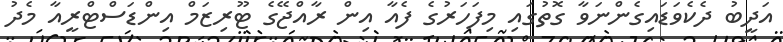
އަދީބު ދެކެވަޑައިގެންނަވާ ގޮތުގައި މިފަހަރުގެ ފެއާ އިން ރާއްޖޭގެ ޓޫރިޒަމް އިންޑަސްޓްރީއާ މެދު